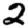
Digit: 2